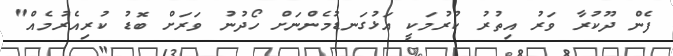
ފެން ދޫކުރާ ވަރު އިތުރު ކުރުމަކީ އަޅުގަނޑުމެންނަށް ހޯދުނު ވަރަށް ބޮޑު ކުރިއެރުމެއް"